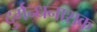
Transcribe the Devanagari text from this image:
दुर्गन्धनाशक